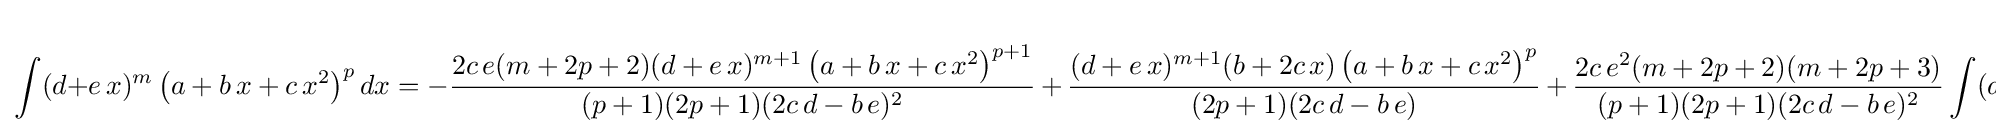
\int (d+e\,x)^{m}\left(a+b\,x+c\,x^{2}\right)^{p}dx=-{\frac {2c\,e(m+2p+2)(d+e\,x)^{m+1}\left(a+b\,x+c\,x^{2}\right)^{p+1}}{(p+1)(2p+1)(2c\,d-b\,e)^{2}}}\,+\,{\frac {(d+e\,x)^{m+1}(b+2c\,x)\left(a+b\,x+c\,x^{2}\right)^{p}}{(2p+1)(2c\,d-b\,e)}}\,+\,{\frac {2c\,e^{2}(m+2p+2)(m+2p+3)}{(p+1)(2p+1)(2c\,d-b\,e)^{2}}}\int (d+e\,x)^{m}\left(a+b\,x+c\,x^{2}\right)^{p+1}dx